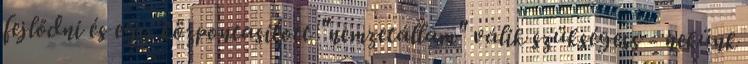
fejlődni és egy központasított "nemzetállam" válik szükségess - nekünk